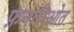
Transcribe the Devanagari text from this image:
फ़नारिओत